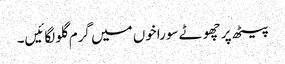
پیٹھ پر چھوٹے سوراخوں میں گرم گلو لگائیں۔